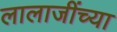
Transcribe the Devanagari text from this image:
लालाजींच्या